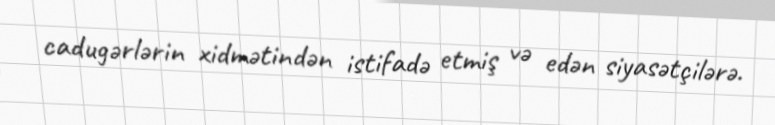
cadugərlərin xidmətindən istifadə etmiş və edən siyasətçilərə.